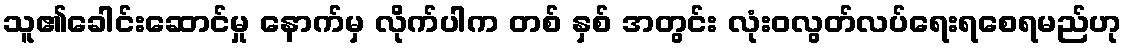
သူ၏ခေါင်းဆောင်မှု နောက်မှ လိုက်ပါက တစ် နှစ် အတွင်း လုံးဝလွတ်လပ်ရေးရစေရမည်ဟု